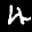
Label: 4